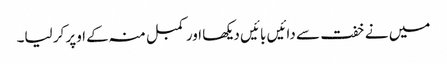
میں نے خفت سے دائیں بائیں دیکھا اور کمبل منہ کے اوپر کر لیا۔